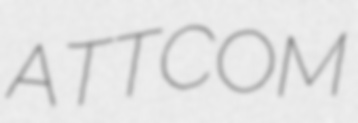
ATTCOM